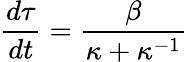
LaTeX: \frac{d\tau}{dt}=\frac{\beta}{\kappa+\kappa^{-1}}